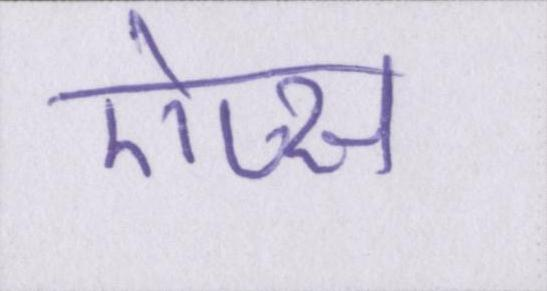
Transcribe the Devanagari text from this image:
ऐप्स